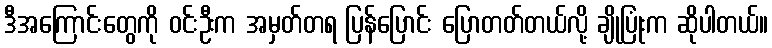
ဒီအကြောင်းတွေကို ဝင်းဦးက အမှတ်တရ ပြန်ပြောင်း ပြောတတ်တယ်လို့ ချိုပြုံးက ဆိုပါတယ်။